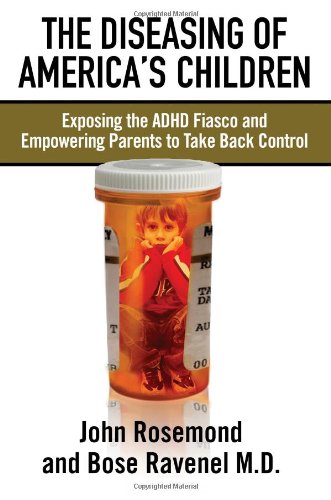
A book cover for The Diseasing of America's Children: Exposing the ADHD Fiasco and Empowering Parents to Take Back Control; John Rosemond; Parenting & Relationships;